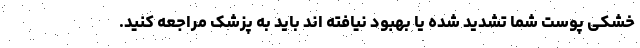
خشکی پوست شما تشدید شده یا بهبود نیافته اند باید به پزشک مراجعه کنید.